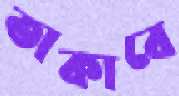
তাকাবে